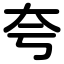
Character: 夸